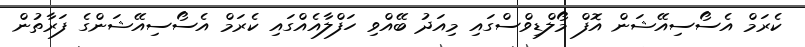
ކެރަމް އެސޯސިއޭޝަން އޮފް މޯލްޑިވްސްގައި މިއަދު ބޭއްވި ހަފްލާއެއްގައި ކެރަމް އެސޯސިއޭޝަންގެ ފަރާތުން